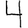
Digit: 4